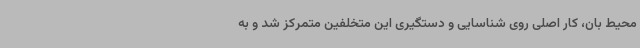
محیط بان، کار اصلی روی شناسایی و دستگیری این متخلفین متمرکز شد و به